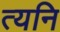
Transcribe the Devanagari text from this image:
त्यनि